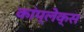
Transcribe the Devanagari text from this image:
कांप्लेक्स